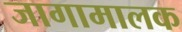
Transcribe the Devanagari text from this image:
जागामालक